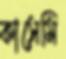
কাসেমি